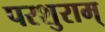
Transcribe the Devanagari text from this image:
परशुराम्